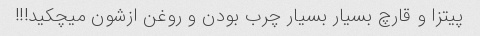
پیتزا و قارچ بسیار بسیار چرب بودن و روغن ازشون میچکید!!!